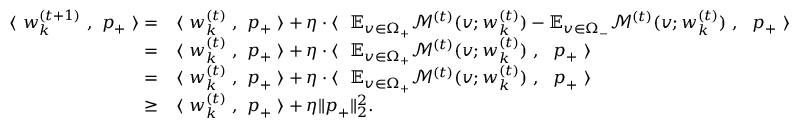
\begin{array} { r l } { \langle ~ { \boldsymbol w } _ { k } ^ { ( t + 1 ) } ~ , ~ { \boldsymbol p } _ { + } ~ \rangle = } & { \langle ~ { \boldsymbol w } _ { k } ^ { ( t ) } ~ , ~ { \boldsymbol p } _ { + } ~ \rangle + \eta \cdot \langle ~ ~ \mathbb { E } _ { v \in \Omega _ { + } } \mathcal { M } ^ { ( t ) } ( v ; { \boldsymbol w } _ { k } ^ { ( t ) } ) - \mathbb { E } _ { v \in \Omega _ { - } } \mathcal { M } ^ { ( t ) } ( v ; { \boldsymbol w } _ { k } ^ { ( t ) } ) ~ , ~ ~ { \boldsymbol p } _ { + } ~ \rangle } \\ { = } & { \langle ~ { \boldsymbol w } _ { k } ^ { ( t ) } ~ , ~ { \boldsymbol p } _ { + } ~ \rangle + \eta \cdot \langle ~ ~ \mathbb { E } _ { v \in \Omega _ { + } } \mathcal { M } ^ { ( t ) } ( v ; { \boldsymbol w } _ { k } ^ { ( t ) } ) ~ , ~ ~ { \boldsymbol p } _ { + } ~ \rangle } \\ { = } & { \langle ~ { \boldsymbol w } _ { k } ^ { ( t ) } ~ , ~ { \boldsymbol p } _ { + } ~ \rangle + \eta \cdot \langle ~ ~ \mathbb { E } _ { v \in \Omega _ { + } } \mathcal { M } ^ { ( t ) } ( v ; { \boldsymbol w } _ { k } ^ { ( t ) } ) ~ , ~ ~ { \boldsymbol p } _ { + } ~ \rangle } \\ { \ge } & { \langle ~ { \boldsymbol w } _ { k } ^ { ( t ) } ~ , ~ { \boldsymbol p } _ { + } ~ \rangle + \eta \| { \boldsymbol p } _ { + } \| _ { 2 } ^ { 2 } . } \end{array}